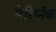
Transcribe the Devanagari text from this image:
मेरिग्नॅक